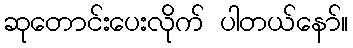
ဆုတောင်းပေးလိုက် ပါတယ်နော်။